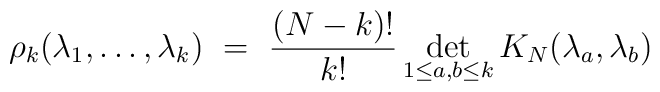
\rho_k(\lambda_1,\ldots,\lambda_k)~=~\frac{(N-k)!}{k!}\det_{1 \le a,b \le k} K_N(\lambda_a,\lambda_b)